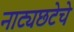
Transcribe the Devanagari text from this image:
नाट्यछटेचे